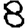
Digit: 8